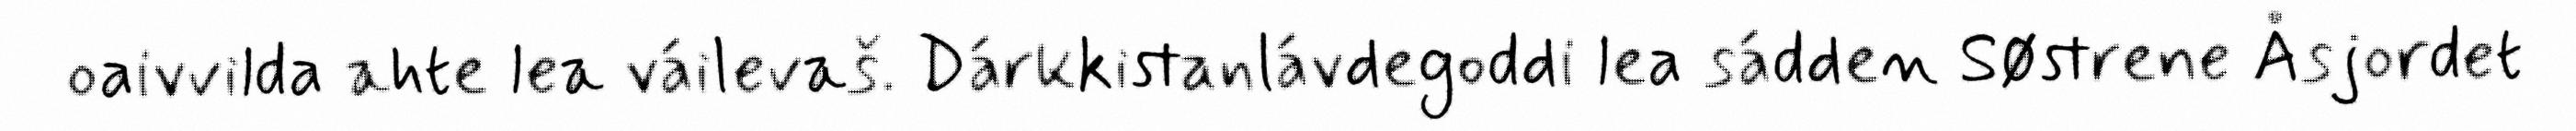
oaivvilda ahte lea váilevaš. Dárkkistanlávdegoddi lea sádden Søstrene Åsjordet